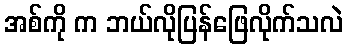
အစ်ကို က ဘယ်လိုပြန်ဖြေလိုက်သလဲ